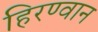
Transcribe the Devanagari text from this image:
हिरण्वान